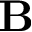
\mathbf { B }